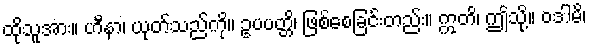
ထိုသူအား။ ဟီနာ၊ ယုတ်သည်ကို။ ဥပပတ္တိ၊ ဖြစ်စေခြင်းတည်း။ ဣတိ၊ ဤသို့။ ဝဒါမိ၊